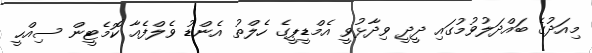
މިއަދުގެ ބައްދަލުވުމުގައި ދީދީ ވިދާޅުވީ އެމްޑީޕީގެ ހެލްތު އެންޑު ވެލްފެއާ ކޮމެޓީން ސިއްހީ